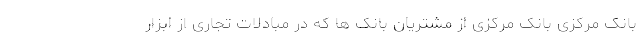
بانک مرکزی بانک مرکزی از مشتریان بانک ها که در مبادلات تجاری از ابزار